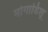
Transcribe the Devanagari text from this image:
मोगाडिशू